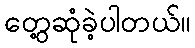
တွေ့ဆုံခဲ့ပါတယ်။